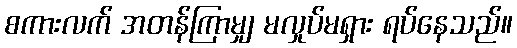
စကားလက် အတန်ကြာမျှ မလှုပ်မရှား ရပ်နေသည်။